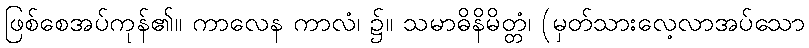
ဖြစ်စေအပ်ကုန်၏။ ကာလေန ကာလံ၊ ၌။ သမာဓိနိမိတ္တံ၊ (မှတ်သားလေ့လာအပ်သော